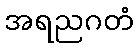
အရညဂတံ